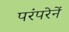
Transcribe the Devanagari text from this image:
परंपरेनें